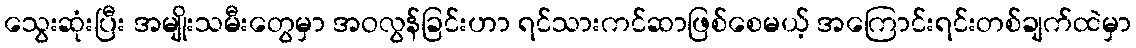
သွေးဆုံးပြီး အမျိုးသမီးတွေမှာ အဝလွန်ခြင်းဟာ ရင်သားကင်ဆာဖြစ်စေမယ့် အကြောင်းရင်းတစ်ချက်ထဲမှာ